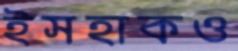
ইসহাকও